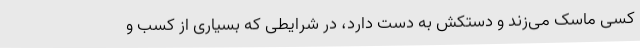
کسی ماسک می‌زند و دستکش به دست دارد، در شرایطی که بسیاری از کسب و